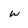
Character: w